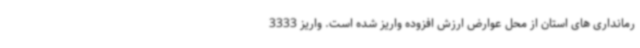
رمانداری های استان از محل عوارض ارزش افزوده واریز شده است. واریز 3333